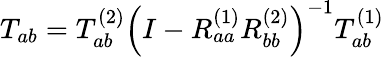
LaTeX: T_{ab}=T_{ab}^{(2)}\left(I-R_{aa}^{(1)}R_{bb}^{(2)}\right)^{-1}T_{ab}^{(1)}